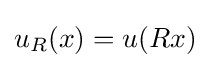
u_{R}(x)=u(Rx)